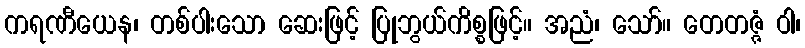
ကရဏီယေန၊ တစ်ပါးသော ဆေးဖြင့် ပြုဘွယ်ကိစ္စဖြင့်။ အညံ၊ သော်။ တေတဇ္ဇံ ဝါ၊